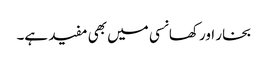
بخار اور کھانسی میں بھی مفید ہے۔